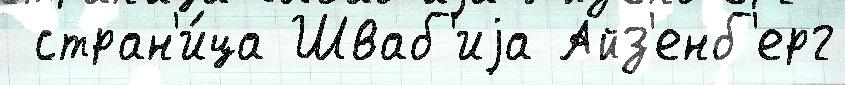
 стран'и́ца Шваб'иjа Айз'енб'ерг